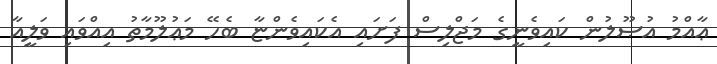
ޢާއްމު އުޞޫލުން ކައިވެނީގެ މަޖްލިސް ފަށައި އެކައިވެންޏާ ބެހޭ މަޢުލޫމާތު އިއްވައި ވަލީއާ